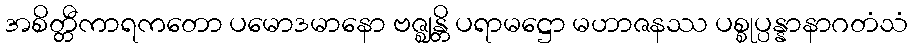
အစိတ္တီကာရကတော ပမောဒမာနော ဗဇ္ဈန္တိ ပရာမဋ္ဌော မဟာဇနဿ ပစ္စုပ္ပန္နာနာဂတံသံ